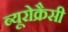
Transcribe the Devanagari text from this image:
ब्यूरोक्रैसी